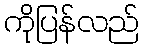
ကိုပြန်လည်